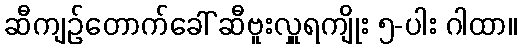
ဆီကျဉ်တောက်ခေါ် ဆီဗူးလှူရကျိုး ၅-ပါး ဂါထာ။